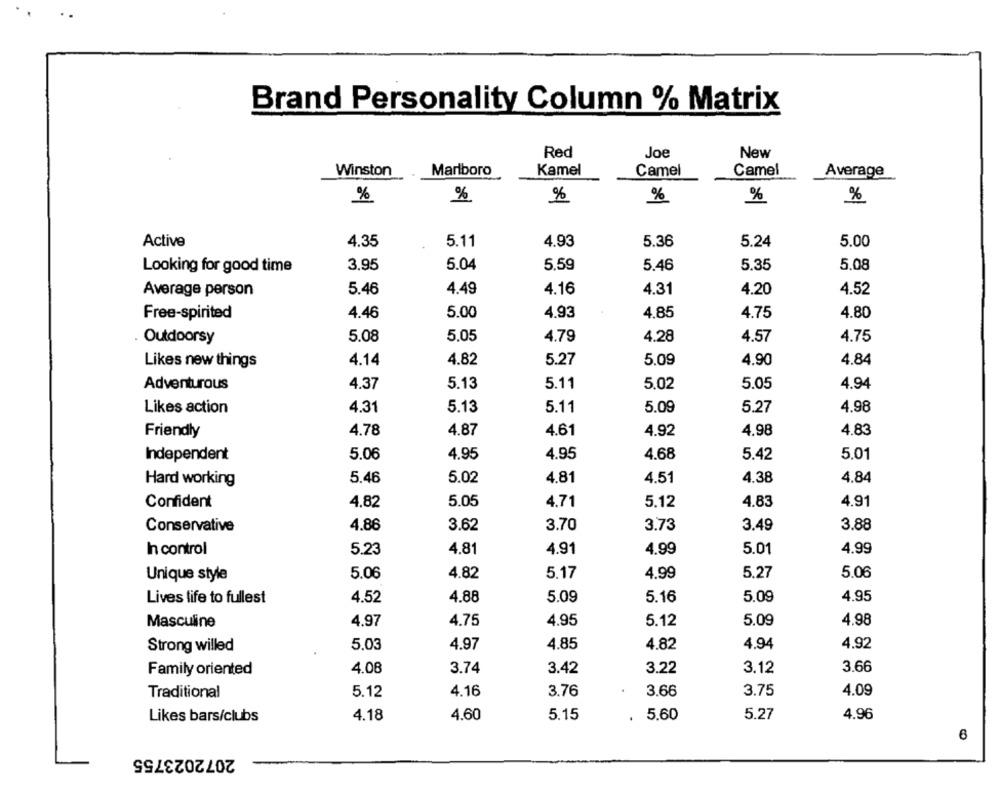
Brand Personality Column % Matrix
Red
Joe
New
Winston
Marlboro
Kamel
Camel
Camel
Average
%
%
%
%
%
%
Active
4.35
5.11
4.93
5.36
5.24
5.00
Looking for good time
3.95
5.04
5.59
5.46
5.35
5.08
Average person
5.46
4.49
4.16
4.31
4.20
4.52
Free-spirited
4.46
5.00
4.93
4.85
4.75
4.80
Outdoorsy
5.08
5.05
4.79
4.28
4.57
4.75
Likes new things
4.14
4.82
5.27
5.09
4.90
4.84
Adventurous
4.37
5.13
5.11
5,02
5.05
4.94
Likes action
4.31
5.13
5.11
5.09
5.27
4.98
Friendly
4.78
4.87
4.61
4.92
4.98
4.83
Independent
5.06
4.95
4.95
4.68
5.42
5.01
Hard working
5.46
5.02
4.81
4.51
4.38
4.84
Confident
4.82
5.05
4.71
5.12
4.83
4.91
Conservative
4.86
3.62
3.70
3.73
3.49
3.88
In control
5.23
4.81
4.91
4.99
5.01
4.99
Unique style
5.06
4.82
5.17
4.99
5.27
5.06
Lives life to fullest
4.52
4.88
5.09
5.16
5.09
4.95
Masculine
4.97
4.75
4.95
5.12
5.09
4.98
Strong willed
5.03
4.97
4.85
4.82
4.94
4.92
Family oriented
4.08
3.74
3.42
3.22
3.12
3.66
Traditional
5.12
4.16
3.76
3.66
3.75
4.09
Likes bars/clubs
4.18
4.60
5.15
5.60
5.27
4.96
6
2072023755